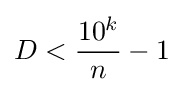
D<{\frac {10^{k}}{n}}-1